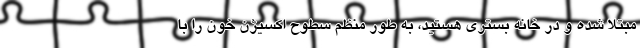
مبتلا شده و در خانه بستری هستید، به طور منظم سطوح اکسیژن خون را با